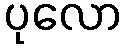
ပုလော